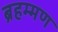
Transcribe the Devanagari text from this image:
ब्रहम्मण